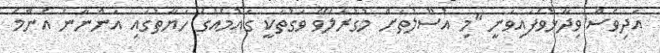
އަދިވެސް ވިދާޅުވެފައިވަނީ "މި އުސޫލުތަށް މުގުރާލެވޭ ވަގުތަކީ ގައުމެއްގެ ހަޔާތުގައި އަންނާނެ އެންމެ